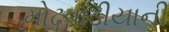
મોઢવાડીયાની